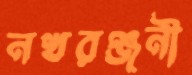
নখরঞ্জনী